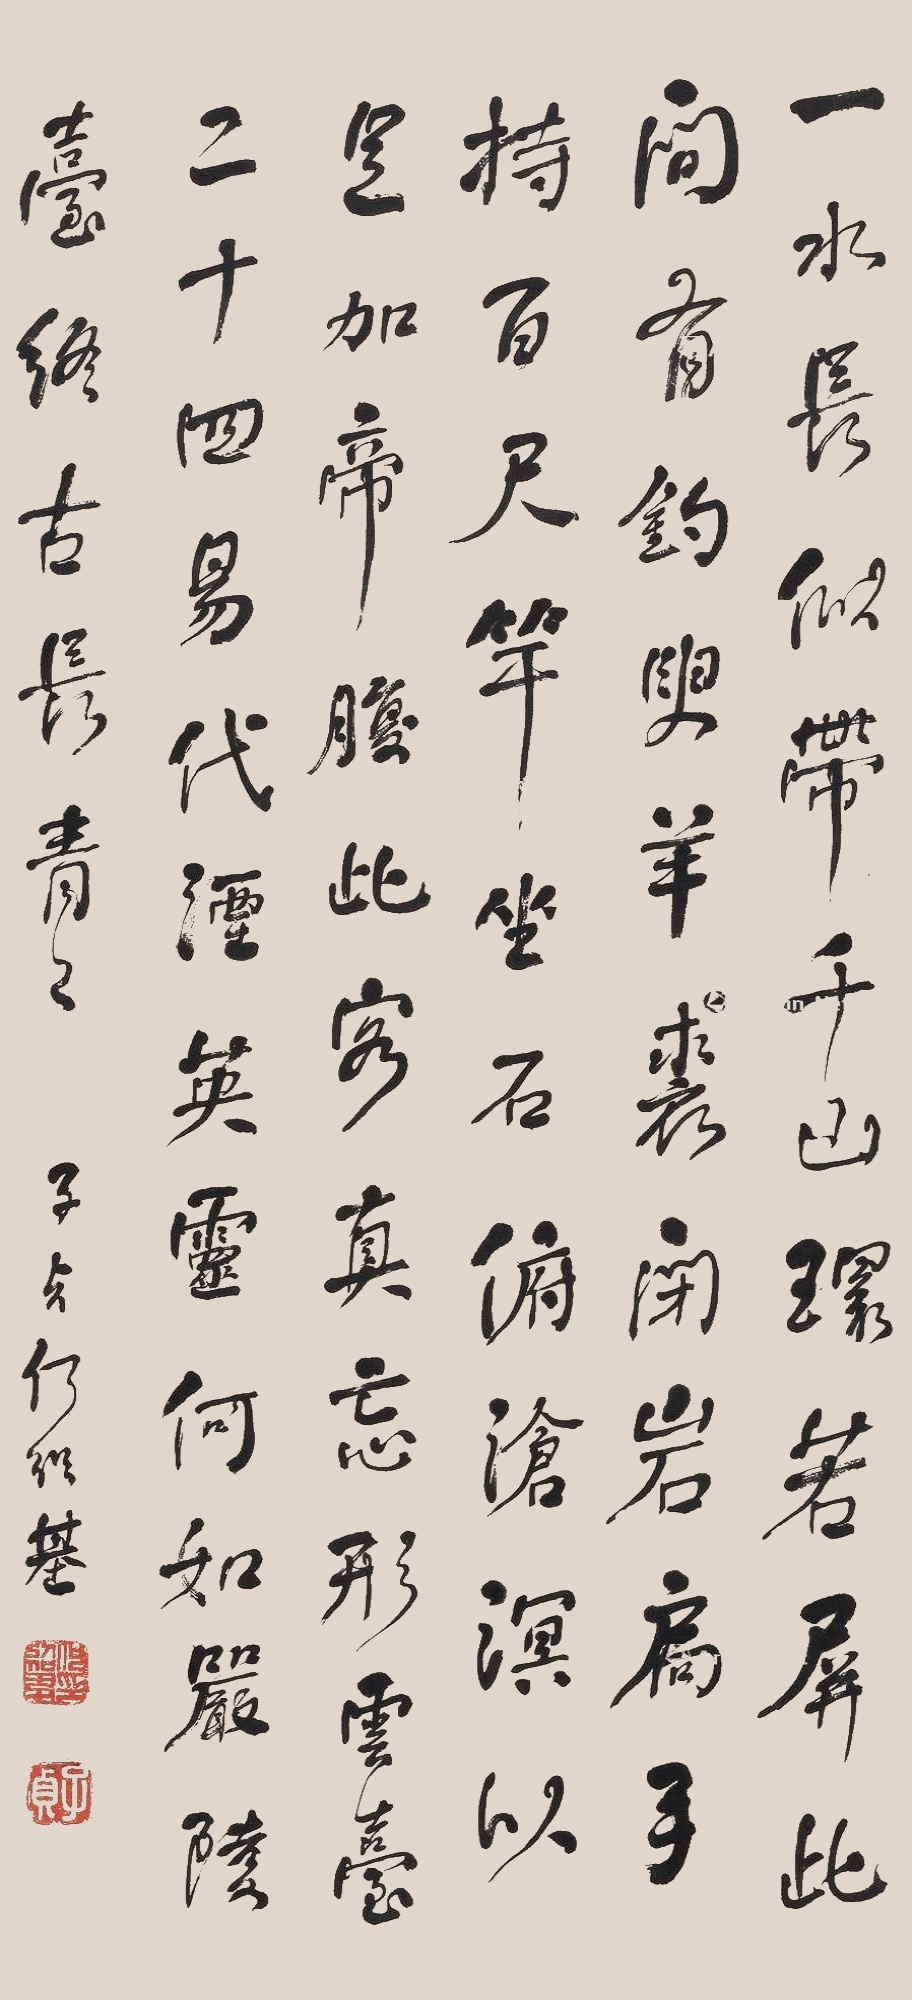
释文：一水长似带，千山环若屏。此间有钓叟，羊裘闭岩扁。手持百尺竿，坐石俯沧溟。以足加帝腹，此客真忘形。云台二十四，易代湮英灵。何如严陵台，终古长青青。子贞何绍基。